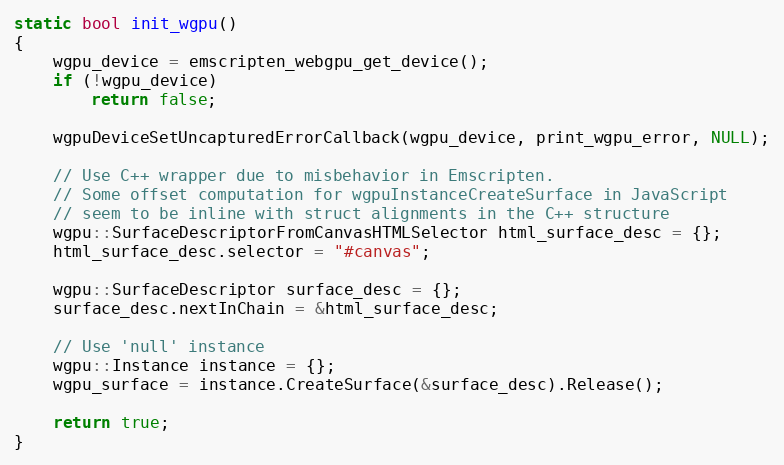
Language: C++
static bool init_wgpu()
{
    wgpu_device = emscripten_webgpu_get_device();
    if (!wgpu_device)
        return false;

    wgpuDeviceSetUncapturedErrorCallback(wgpu_device, print_wgpu_error, NULL);

    // Use C++ wrapper due to misbehavior in Emscripten.
    // Some offset computation for wgpuInstanceCreateSurface in JavaScript
    // seem to be inline with struct alignments in the C++ structure
    wgpu::SurfaceDescriptorFromCanvasHTMLSelector html_surface_desc = {};
    html_surface_desc.selector = "#canvas";

    wgpu::SurfaceDescriptor surface_desc = {};
    surface_desc.nextInChain = &html_surface_desc;

    // Use 'null' instance
    wgpu::Instance instance = {};
    wgpu_surface = instance.CreateSurface(&surface_desc).Release();

    return true;
}